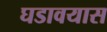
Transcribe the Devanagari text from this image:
घडावयास